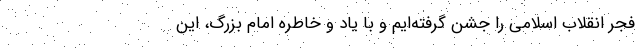
فجر انقلاب اسلامی را جشن گرفته‌ایم و با یاد و خاطره امام بزرگ، این